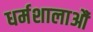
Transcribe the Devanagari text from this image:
धर्मशालाऔं